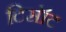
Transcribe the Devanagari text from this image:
टिसॉट